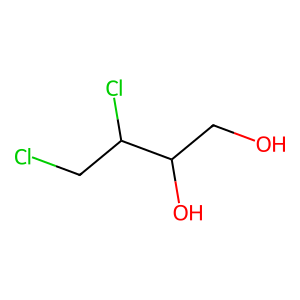
SMILES: OCC(O)C(Cl)CCl
Inhibits HIV replication: No